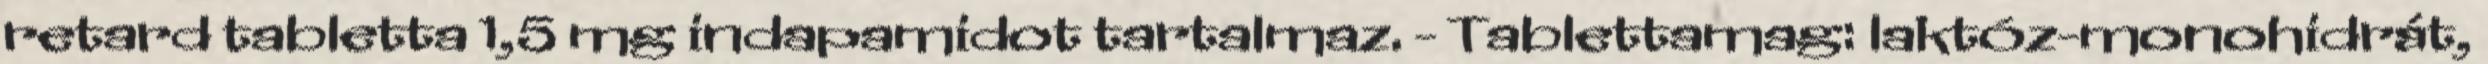
retard tabletta 1,5 mg indapamidot tartalmaz. - Tablettamag: laktóz-monohidrát,